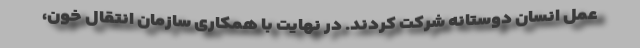
عمل انسان دوستانه شرکت کردند. در نهایت با همکاری سازمان انتقال خون،